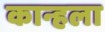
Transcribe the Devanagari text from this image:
कान्हला